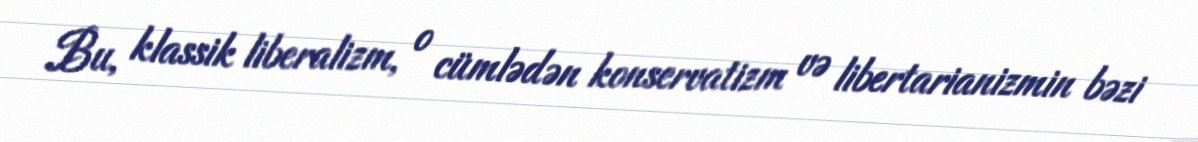
Bu, klassik liberalizm, o cümlədən konservatizm və libertarianizmin bəzi